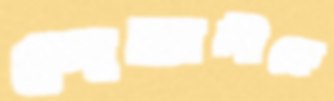
শেফালীকে